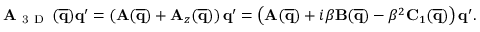
\mathbf { A } _ { \mathrm { ~ 3 ~ D ~ } } \, ( \mathbf { \overline { { q } } } ) \mathbf { q } ^ { \prime } = ( \mathbf { A } ( \mathbf { \overline { { q } } } ) + \mathbf { A } _ { z } ( \mathbf { \overline { { q } } } ) ) \, \mathbf { q } ^ { \prime } = \left( \mathbf { A } ( \mathbf { \overline { { q } } } ) + i \beta \mathbf { B } ( \mathbf { \overline { { q } } } ) - \beta ^ { 2 } \mathbf { C } _ { 1 } ( \mathbf { \overline { { q } } } ) \right) \mathbf { q } ^ { \prime } .